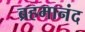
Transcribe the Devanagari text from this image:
ब्रहमानंद